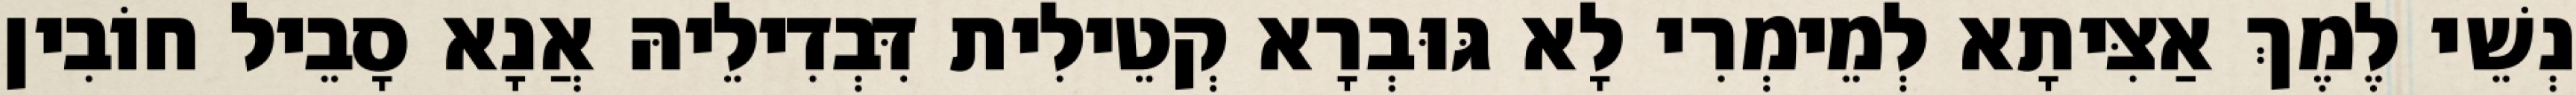
נְשֵׁי לֶמֶךְ אַצִּיתָא לְמֵימְרִי לָא גּוּבְרָא קְטֵילִית דִּבְדִילֵיהּ אֲנָא סָבֵיל חוֹבִין